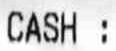
CASH :